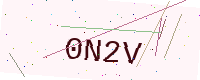
Text: 0N2V